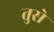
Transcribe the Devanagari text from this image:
तुसे